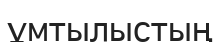
ұмтылыстың